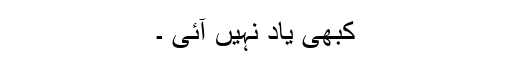
کبھی یاد نہیں آئی ۔